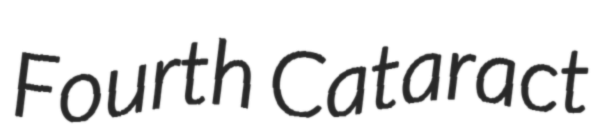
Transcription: Fourth Cataract